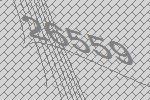
26559